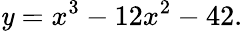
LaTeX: \mathit{y}=x^{3}-12x^{2}-42.